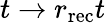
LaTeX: t\to r_{\mathrm{rec}}t